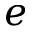
e